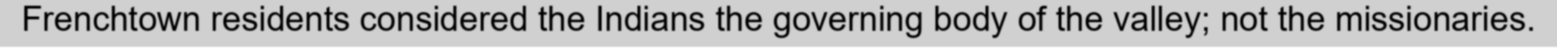
Frenchtown residents considered the Indians the governing body of the valley; not the missionaries.